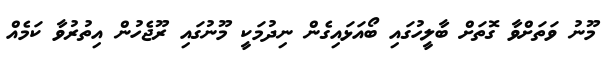
މޫނު ވަތަށްވާ ގޮތަށް ބާލީހުގައި ބޯއަޅައިގެން ނިދުމަކީ މޫނުގައި ރޫޖެހުން އިތުރުވާ ކަމެއް